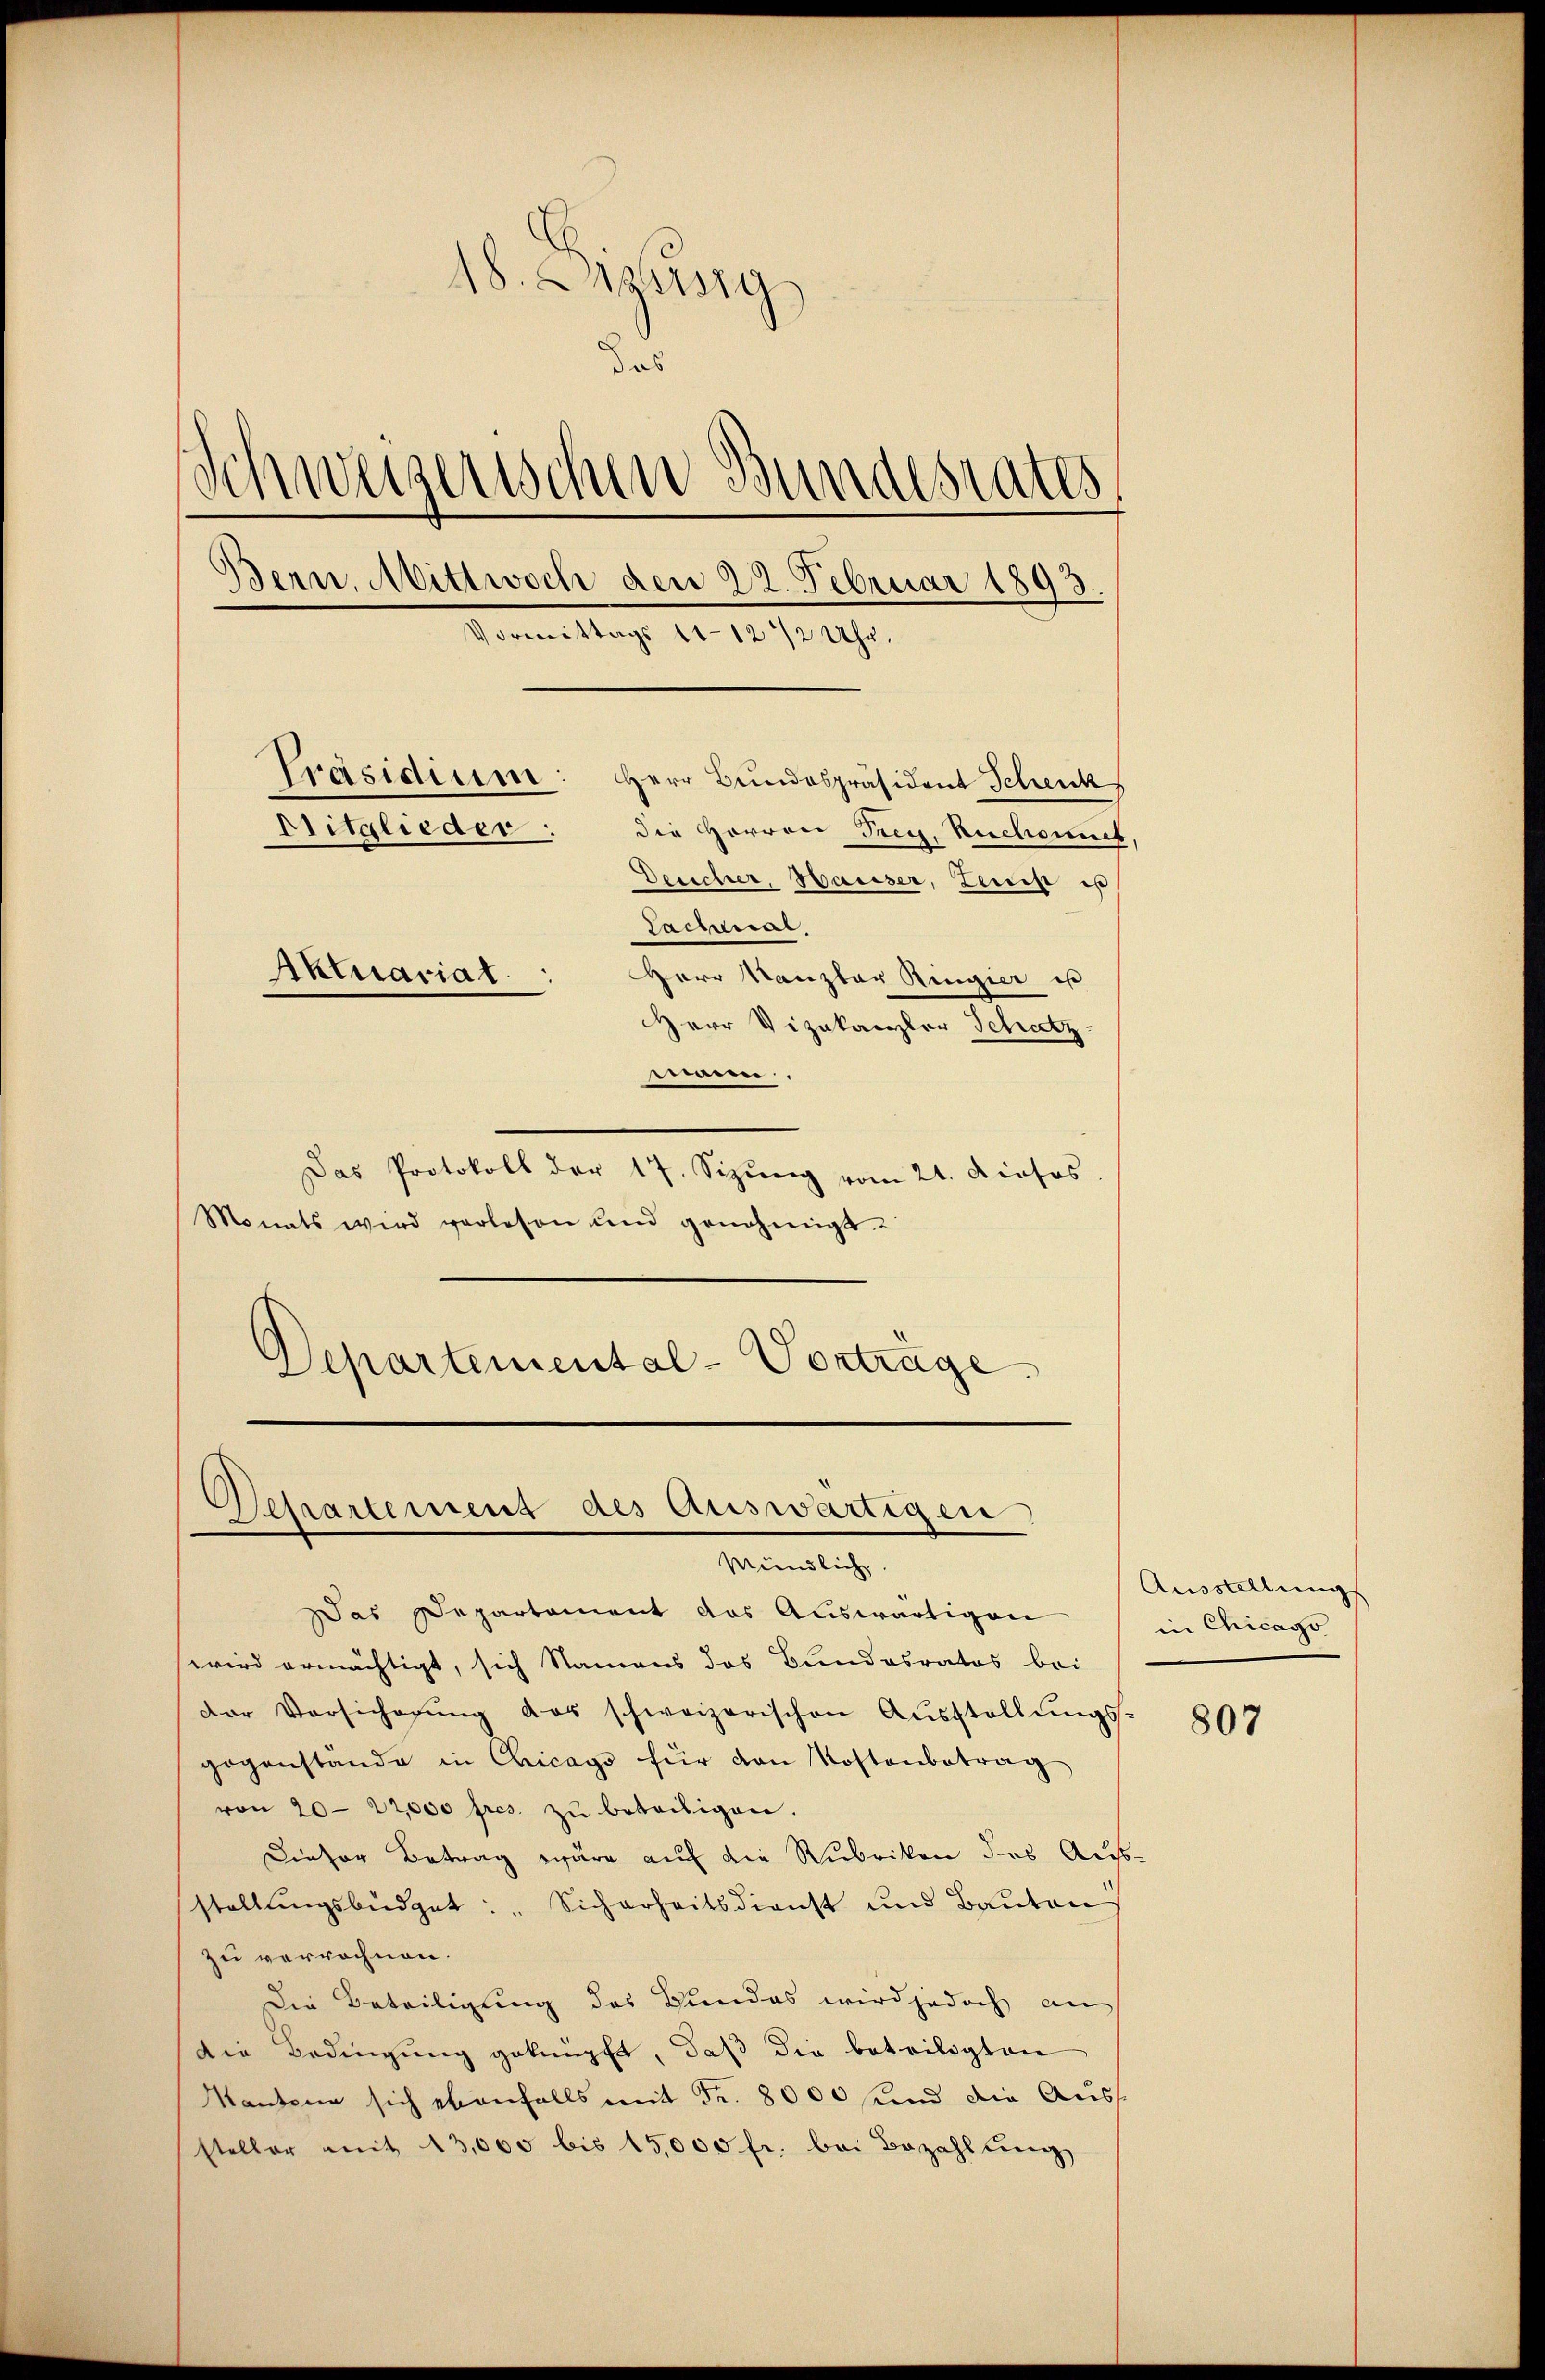
18. Apriesig
das
Schweizerischen Bundesrates
Bern, Mittwoch den 22. Februar 1893.
Vormittags 11-12 1/2 Uhr.
Präsidium: Herr Bundespräsident Schenk
Diitglieder.
die Herren Frey, Ruchowit
Desicher, Hauser, Zins is
Sachenrat,
Aktuariat
Herr Kanzler Regier es
Herr Vizakanzler Schatz-
mann.

Das Protokoll der 17. Seizŭng vom 21. Dieses
Monats wird verlesen und genehmigt.
Departemental-Vorträge

Departement des Auswärtigen
Mündlich.
Das Departament das Auswärtigen

wird ermächtigt, sich Namens das Bundesrates bei
der Vorsicherŭng das schweizerischen Aŭsstellŭngs-
gegenstande in Chicago für von Kostenbetrag
von 20. 22,000 fres. zŭ beteiligen.
Dieser Betrag wäre auf die Rubriken des Aufstellungsbüdget: "Sicherheitsdienst und Bauten
zu verrechnen.
Die Beteiligung des Bundes wird jedoch an
Die Bedingung geknüpft, daß die beteiligten
Kantone sich ebenfalls mit Fr. 8000 sind die Auss
steller mit 13,000 bis 15,000 fr. bei Bezahlung

Aussallung
in Chicago

807